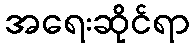
အရေးဆိုင်ရာ